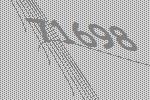
71698